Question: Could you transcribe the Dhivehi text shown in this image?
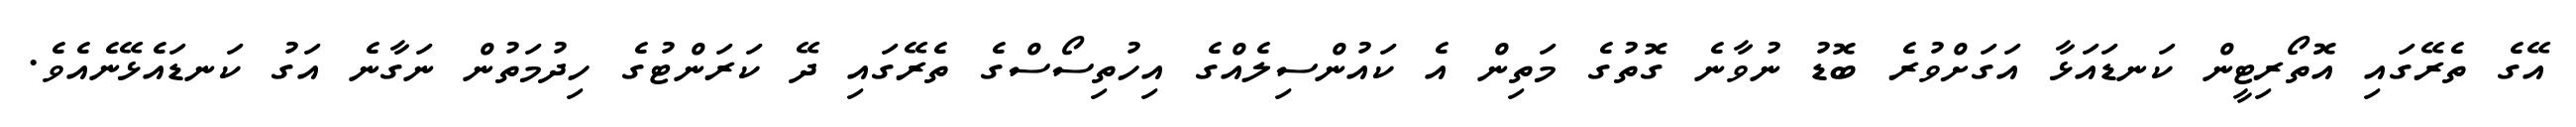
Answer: އޭގެ ތެރޭގައި އޮތޯރިޓީން ކަނޑައަޅާ އަގަށްވުރެ ބޮޑު ނުވާނެ ގޮތުގެ މަތިން އެ ކައުންސިލެއްގެ އިހުތިސޯސްގެ ތެރޭގައި ދޭ ކަރަންޓުގެ ހިދުމަތުން ނަގާނެ އަގު ކަނޑައެޅޭނެއެވެ.